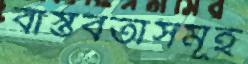
বাস্তবতাসমূহ